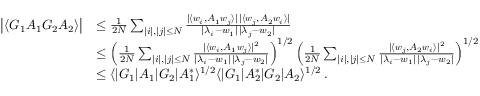
\begin{array} { r l } { \big \vert \langle G _ { 1 } A _ { 1 } G _ { 2 } A _ { 2 } \rangle \big \vert } & { \le \frac { 1 } { 2 N } \sum _ { | i | , | j | \le N } \frac { \vert \langle \boldsymbol { w } _ { i } , A _ { 1 } \boldsymbol { w } _ { j } \rangle \vert \, \vert \langle \boldsymbol { w } _ { j } , A _ { 2 } \boldsymbol { w } _ { i } \rangle \vert } { \vert \lambda _ { i } - w _ { 1 } \vert \, \vert \lambda _ { j } - w _ { 2 } \vert } } \\ & { \le \left( \frac { 1 } { 2 N } \sum _ { | i | , | j | \le N } \frac { \vert \langle \boldsymbol { w } _ { i } , A _ { 1 } \boldsymbol { w } _ { j } \rangle \vert ^ { 2 } } { \vert \lambda _ { i } - w _ { 1 } \vert \, \vert \lambda _ { j } - w _ { 2 } \vert } \right) ^ { 1 / 2 } \left( \frac { 1 } { 2 N } \sum _ { | i | , | j | \le N } \frac { \vert \langle \boldsymbol { w } _ { j } , A _ { 2 } \boldsymbol { w } _ { i } \rangle \vert ^ { 2 } } { \vert \lambda _ { i } - w _ { 1 } \vert \, \vert \lambda _ { j } - w _ { 2 } \vert } \right) ^ { 1 / 2 } } \\ & { \le \langle | G _ { 1 } | A _ { 1 } | G _ { 2 } | A _ { 1 } ^ { * } \rangle ^ { 1 / 2 } \langle | G _ { 1 } | A _ { 2 } ^ { * } | G _ { 2 } | A _ { 2 } \rangle ^ { 1 / 2 } \, . } \end{array}